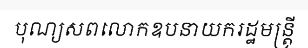
បុណ្យសពលោកឧបនាយករដ្ឋមន្ត្រី